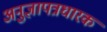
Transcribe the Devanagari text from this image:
अनुज्ञापत्रधारक